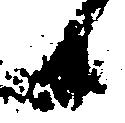
候